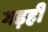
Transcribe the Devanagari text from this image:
गड़ही